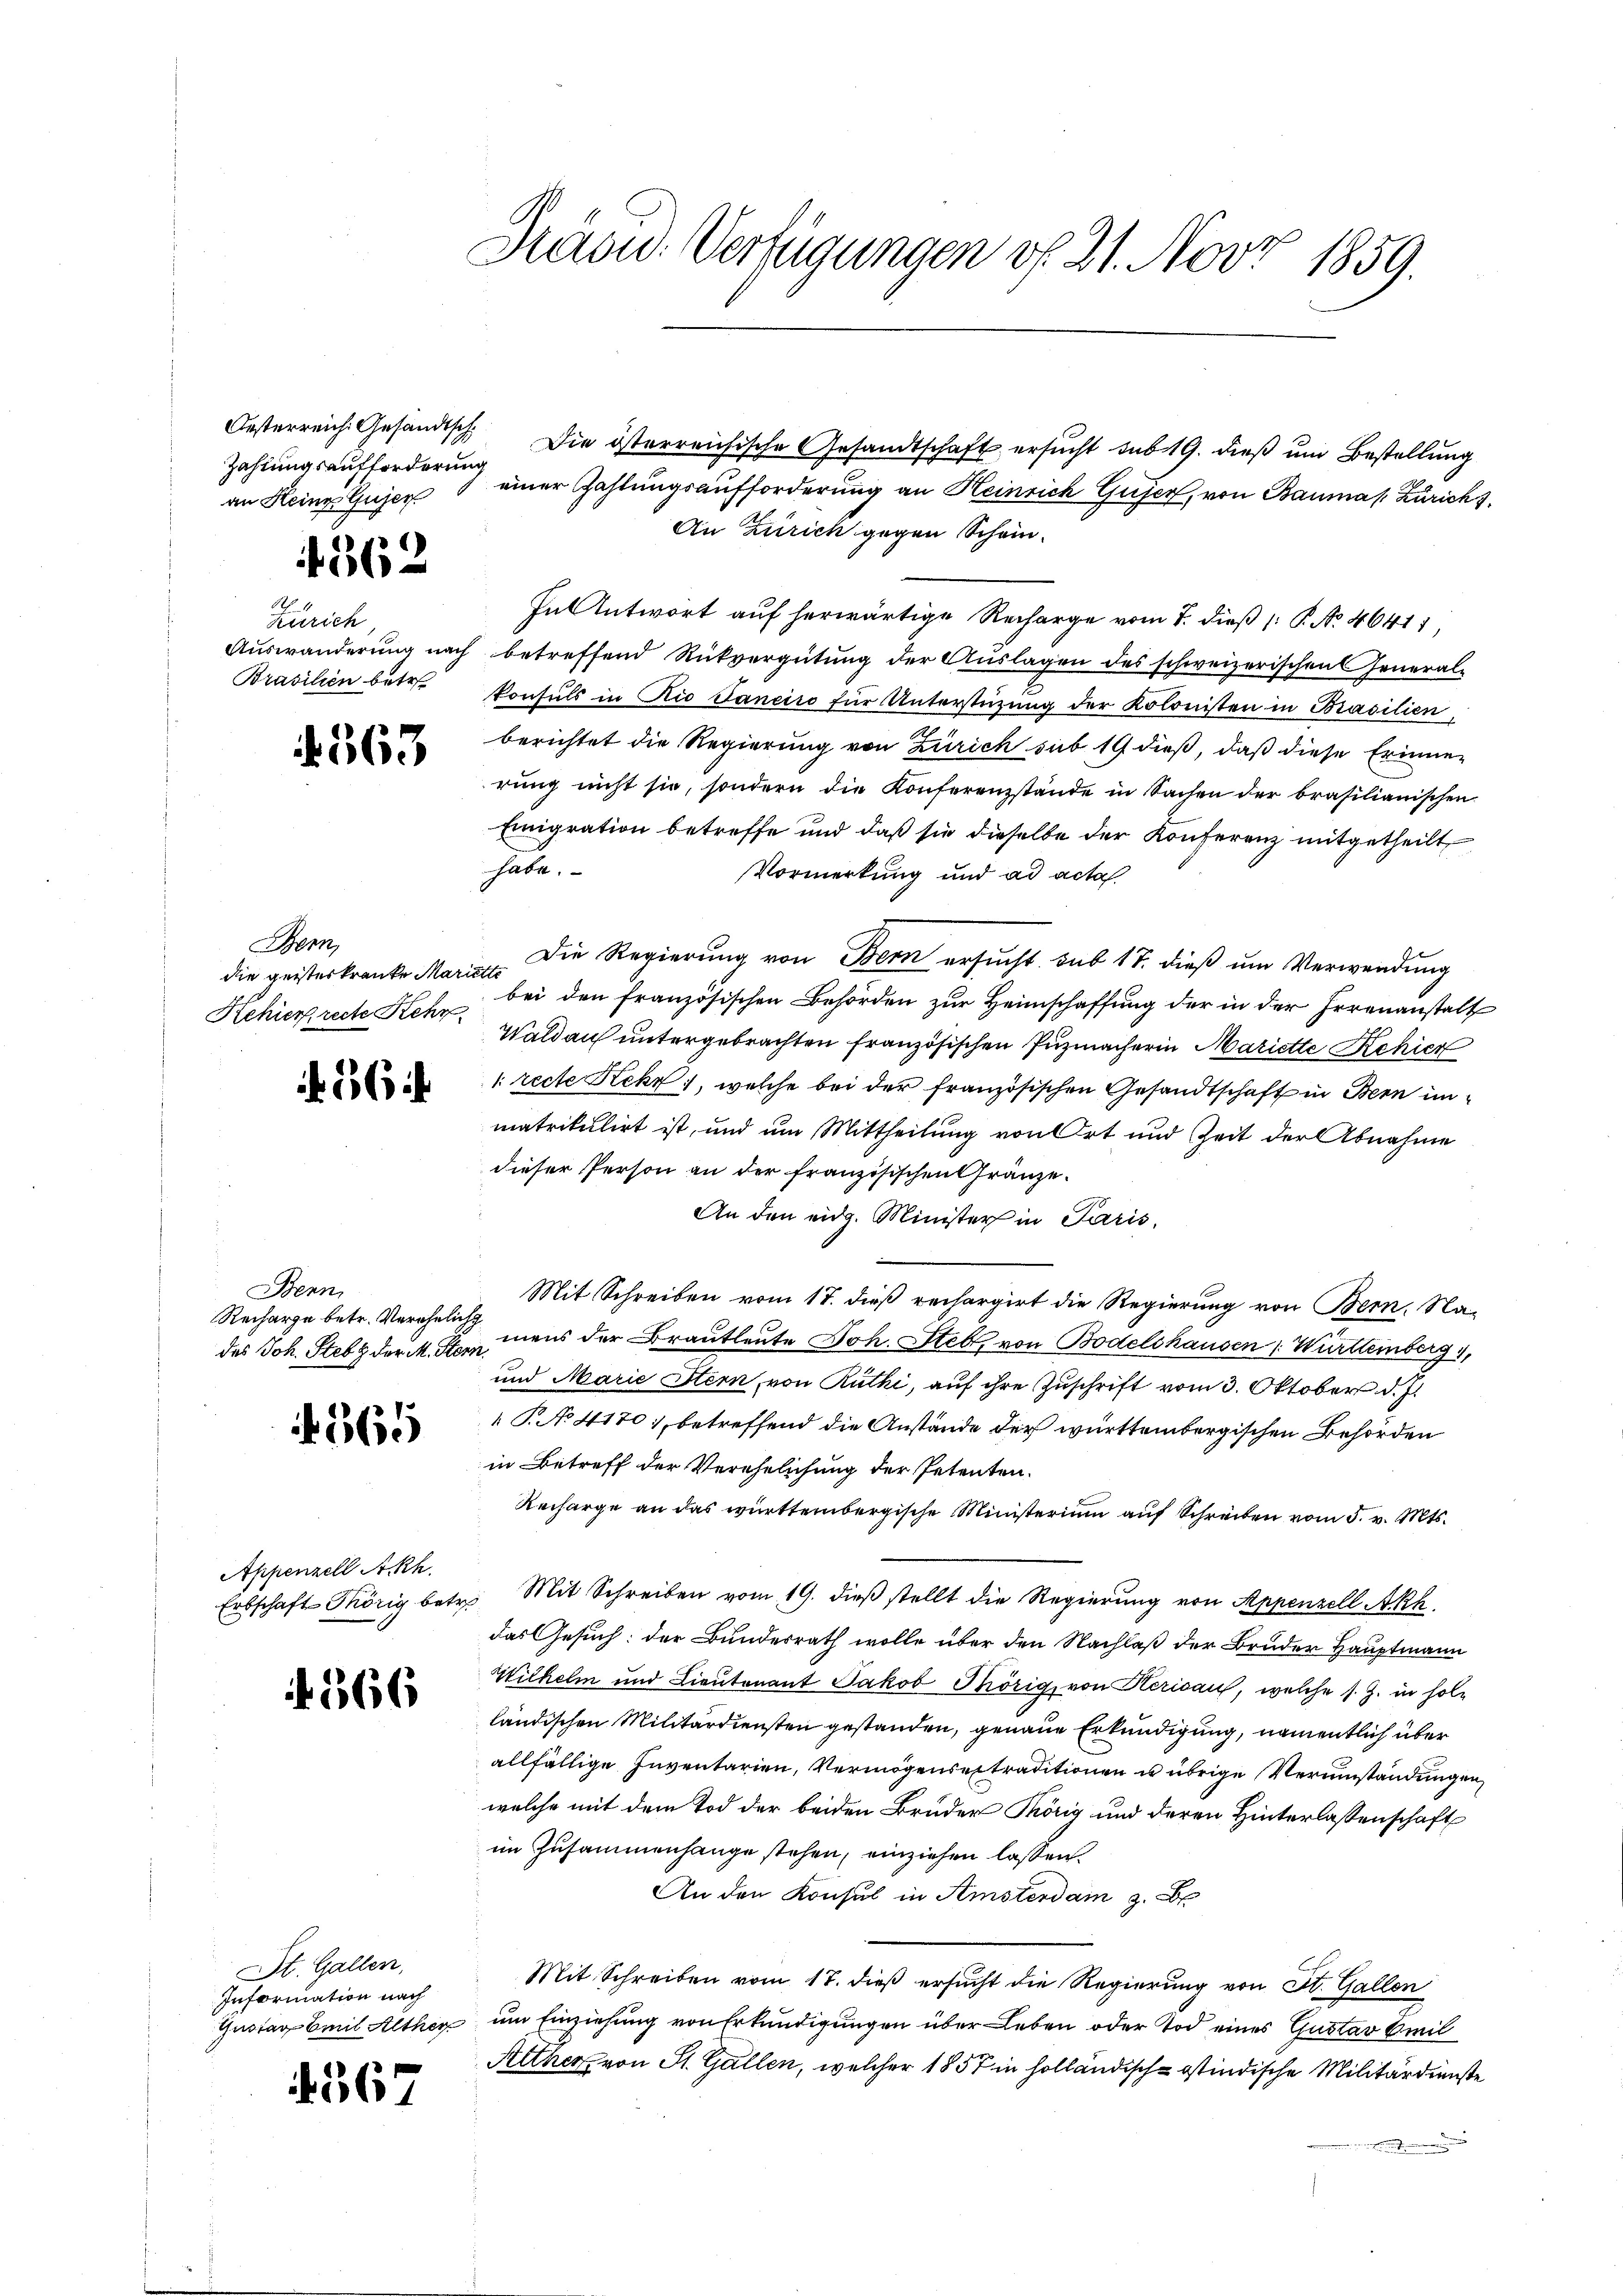
an Heine Gujer

f. 562

Zürich
Brasilien betr.

4563

Bern,

564

Benn
Recharge betr. Verehelich
des Joh. Stebe der M. Stern

365

Appenzell Akh.

if. 366

St. Gallen,
Information nach

4567

Präsid. Verfügungen v. 21. Nov. 1859.

Oesterreich. Gesandtsch. Die österreichische Gesandtschaft ersucht sub 19. dieß um Bestellung
Zahlungsaufforderung einer Zahlungsaufforderung an Heinrich Gujer, von Baumas Züricht.
An Zürich gegen Schein-
In Antwort auf herwärtige Recharge vom 7. dieß (: P. No. 46411,
Auswanderung nach betreffend Rückvergütung der Aŭslagen des schweizerischen General-
konsuls in Rio Janeiro für Unterstüzung der Kolonisten in Brasilien,
berichtet die Regierung von Zürich sub 19 dieß, daß diese Erinner
rŭng nicht sie, sondern die Konferenzstände in Sachen der brasilianischen
Emigration betreffe und daß sie dieselbe der Konferenz mitgetheilt,
habe.
Vormerkung und ad acta
die geisterkranke Marie. Die Regierung von Bern ersucht, sub 17. dieß um Verwendung
Schier recte Steh bei den französischen Behörden zŭr Heimschaffŭng der in der Errenanstalt
Waldau untergebrachten französischen Puzmacherin Mariette Schier
1: recte Rekr 1, welche bei der französischen Gesandtschaft in Bern inmatrikulirt ist, und um Mittheilung von Ort und Zeit der Abnahme
dieser Person an der französischen Gränze.
An den eidg. Minister in Paris.
Mit Schreiben vom 17. dieß rechargirt die Regierung von Bern, Namens der Brautleute Joh. Stebr. von Bodelshausen Württeinberg,
und Marie Stern, von Ruthi, auf ihre Zuschrift vom 3. Oktober d. J.
§ No 4170), betreffend die Anstände der württembergischen Behörden
in Betreff der Verehelichung der Petenten.
Recharge an das württembergische Ministerium auf Schreiben vom 5. v. Mts.
Erbschaft Mörig betr. Mit Schreiben vom 19. dieβ stellt die Regierung von Appenzell Akk
das Gesuch: der Bundesrath wolle über den Nachlaß der Bruder Hauptmann
Wilhelm und Lieutenant Jakob Thörig, von Herisau, welche s. Z. in holländischen Militärdiensten gestanden, genaue Erkundigung, namentlich über
allfällige Inventarien, Vermögensextraditionen u übrige Verumständungen,
welche mit dem Tod der beiden Bruder Thörig und deren Hinterlassenschaft
im Zusammenhange stehen, einziehen lassen.
An den Konsul in Amsterdam 3. Be
Mit Schreiben vom 17. dieß ersucht die Regierung von St. Gallen
Gnotar mit Alther um Einziehung von Erkundigungen über Leben oder Tod eines Gustav Beil
Alther von St. Gallen, welcher 1857 in holländisch-stindische Militärdienste